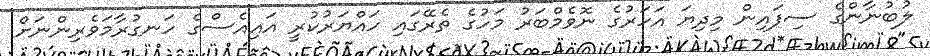
ލުބުނާންގެ ސިފައިން މިދިޔަ އަހަރުގެ ނޮވެމްބަރު މަހުގެ ތެރޭގައި ހައްޔަރުކުރީ އައިއެސްގެ ހަނގުރާމަވެރިންނަށް